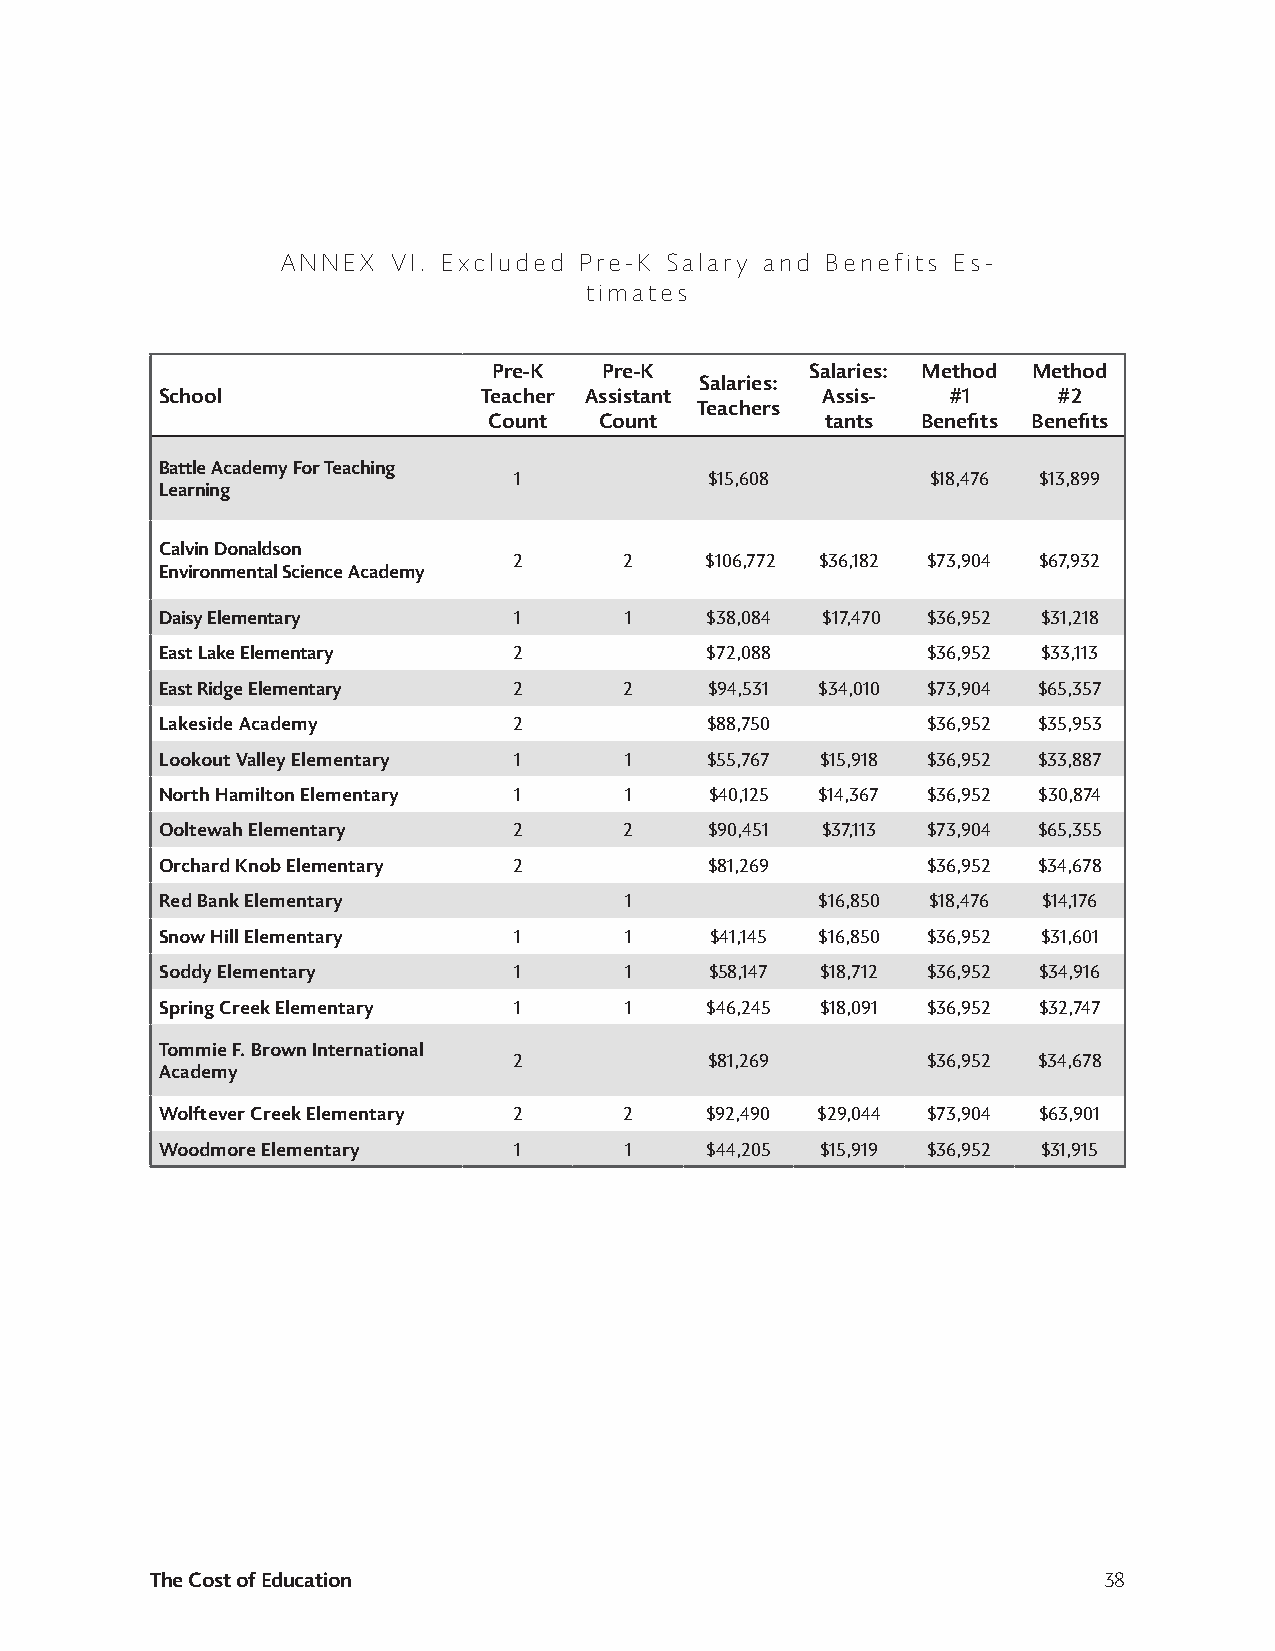
ANNEX  VI. Excluded Pre-K Salary and Benefits Es-
 timates
 Pre-K  Pre-K         Salaries: Method Method
 Salaries:
 School               Teacher Assistant     Assis-   #1     #2
 Teachers
 Count   Count          tants Benefits Benefits
 Battle Academy For Teaching
 1            $15,608        $18,476 $13,899
 Learning
 Calvin Donaldson
 2      2     $106,772 $36,182 $73,904 $67,932
 Environmental Science Academy
 Daisy Elementary       1      1     $38,084 $17,470 $36,952 $31,218
 East Lake Elementary   2            $72,088       $36,952 $33,113
 East Ridge Elementary  2      2     $94,531 $34,010 $73,904 $65,357
 Lakeside Academy       2            $88,750       $36,952 $35,953
 Lookout Valley Elementary 1   1     $55,767 $15,918 $36,952 $33,887
 North Hamilton Elementary 1   1     $40,125 $14,367 $36,952 $30,874
 Ooltewah Elementary    2      2     $90,451 $37,113 $73,904 $65,355
 Orchard Knob Elementary 2           $81,269       $36,952 $34,678
 Red Bank Elementary           1            $16,850 $18,476 $14,176
 Snow Hill Elementary   1      1     $41,145 $16,850 $36,952 $31,601
 Soddy Elementary       1      1     $58,147 $18,712 $36,952 $34,916
 Spring Creek Elementary 1     1     $46,245 $18,091 $36,952 $32,747
 Tommie F. Brown International
 2            $81,269       $36,952 $34,678
 Academy
 Wolftever Creek Elementary 2  2     $92,490 $29,044 $73,904 $63,901
 Woodmore Elementary    1      1     $44,205 $15,919 $36,952 $31,915
 The Cost of Education                                          38